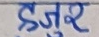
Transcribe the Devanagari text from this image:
हजुर